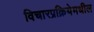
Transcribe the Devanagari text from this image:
विचारप्रक्रियेमधील